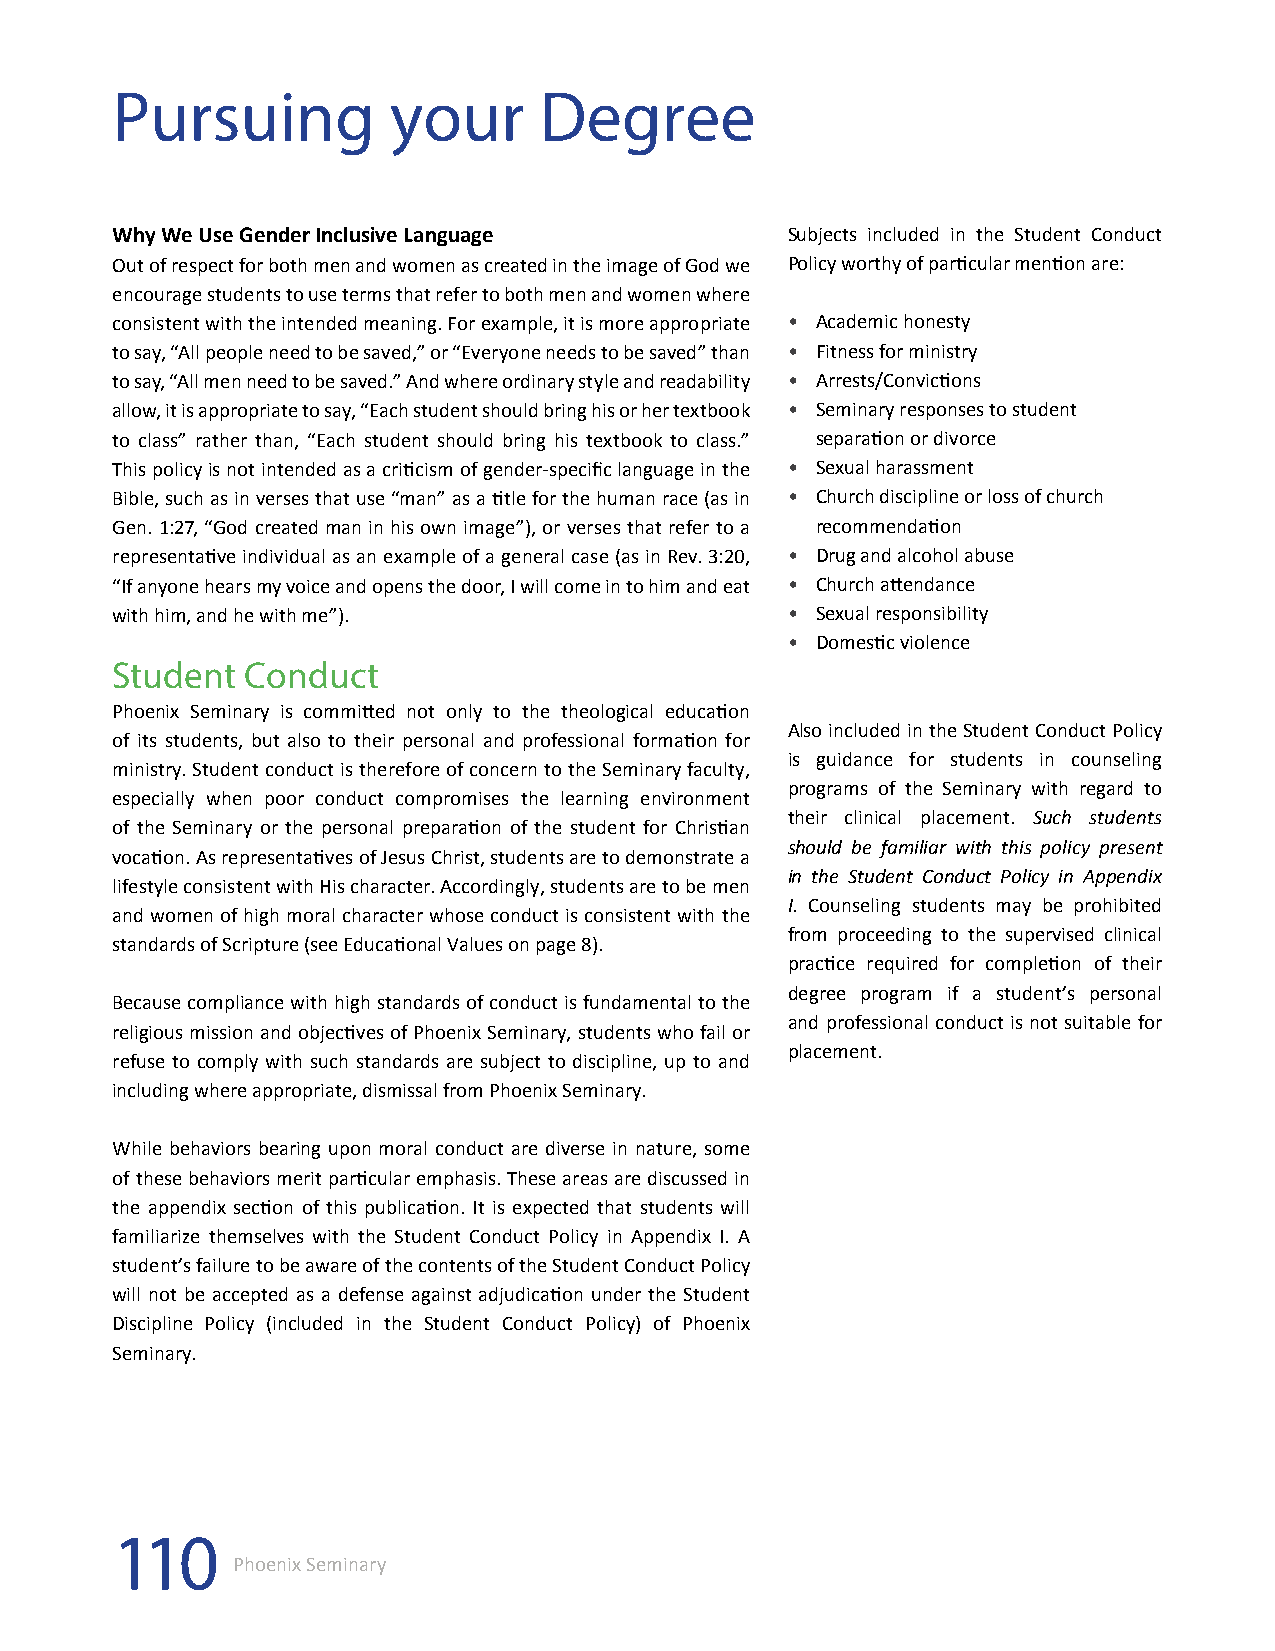
Pursuing           your      Degree
 Why We Use Gender Inclusive Language         Subjects included in the Student Conduct
 Out of respect for both men and women as created in the image of God we Policy worthy of particular mention are:
 encourage students to use terms that refer to both men and women where
 consistent with the intended meaning. For example, it is more appropriate • Academic honesty
 to say, “All people need to be saved,” or “Everyone needs to be saved” than • Fitness for ministry
 to say, “All men need to be saved.” And where ordinary style and readability • Arrests/Convictions
 allow, it is appropriate to say, “Each student should bring his or her textbook • Seminary responses to student
 to class” rather than, “Each student should bring his textbook to class.” separation or divorce
 This policy is not intended as a criticism of gender-specific language in the • Sexual harassment
 Bible, such as in verses that use “man” as a title for the human race (as in • Church discipline or loss of church
 Gen. 1:27, “God created man in his own image”), or verses that refer to a recommendation
 representative individual as an example of a general case (as in Rev. 3:20, • Drug and alcohol abuse
 “If anyone hears my voice and opens the door, I will come in to him and eat • Church attendance
 with him, and he with me”).                  • Sexual responsibility
 • Domestic violence
 Student  Conduct
 Phoenix Seminary is committed not only to the theological education
 Also included in the Student Conduct Policy
 of its students, but also to their personal and professional formation for
 is guidance for students in counseling
 ministry. Student conduct is therefore of concern to the Seminary faculty,
 programs of the Seminary with regard to
 especially when poor conduct compromises the learning environment
 their clinical placement. Such students
 of the Seminary or the personal preparation of the student for Christian
 should be familiar with this policy present
 vocation. As representatives of Jesus Christ, students are to demonstrate a
 in the Student Conduct Policy in Appendix
 lifestyle consistent with His character. Accordingly, students are to be men
 I. Counseling students may be prohibited
 and women of high moral character whose conduct is consistent with the
 from proceeding to the supervised clinical
 standards of Scripture (see Educational Values on page 8).
 practice required for completion of their
 degree program if a student’s personal
 Because compliance with high standards of conduct is fundamental to the
 and professional conduct is not suitable for
 religious mission and objectives of Phoenix Seminary, students who fail or
 placement.
 refuse to comply with such standards are subject to discipline, up to and
 including where appropriate, dismissal from Phoenix Seminary.
 While behaviors bearing upon moral conduct are diverse in nature, some
 of these behaviors merit particular emphasis. These areas are discussed in
 the appendix section of this publication. It is expected that students will
 familiarize themselves with the Student Conduct Policy in Appendix I. A
 student’s failure to be aware of the contents of the Student Conduct Policy
 will not be accepted as a defense against adjudication under the Student
 Discipline Policy (included in the Student Conduct Policy) of Phoenix
 Seminary.
 110
 Phoenix Seminary